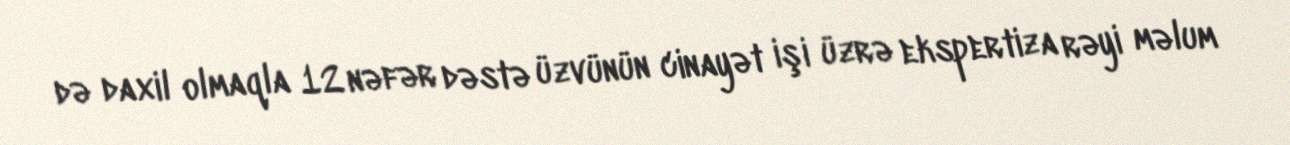
də daxil olmaqla 12 nəfər dəstə üzvünün cinayət işi üzrə ekspertiza rəyi məlum